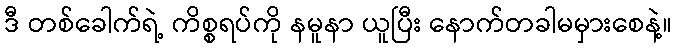
ဒီ တစ်ခေါက်ရဲ့ ကိစ္စရပ်ကို နမူနာ ယူပြီး နောက်တခါမမှားစေနဲ့။